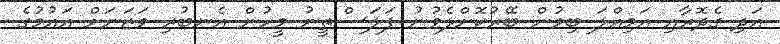
އަދި ގެދޮރާއި އަމިއްލަ ބިމުން ބޭރުކޮށްލެވުނު ފަލަސްތީނު މީހުން އެނބުރި ވަޒަނަށް އައުމުގެ